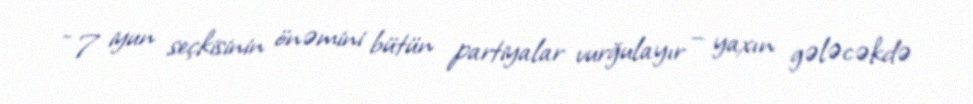
- 7 iyun seçkisinin önəmini bütün partiyalar vurğulayır – yaxın gələcəkdə